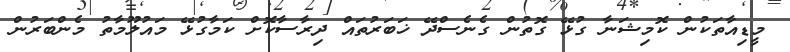
މީޑިއާތަކުން ކޮމިޝަނާ ގުޅޭ ގޮތުން ގެނެސްދޭ ޚަބަރުތައް ދިރާސާކޮށް ކަމާގުޅޭ މައުލޫމާތު މެންބަރުން